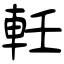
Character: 軠